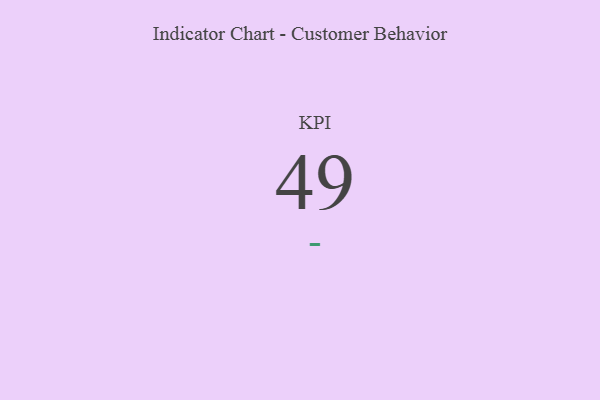
{"axis": {"x": "KPI", "y": "Value"}, "legend": [""], "data": [{"x": "KPI", "y": 49, "type": ""}]}